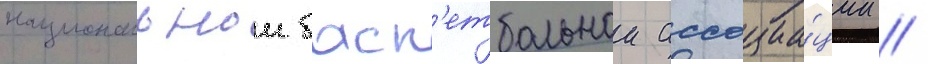
национальнои баск'етбольнои ассоциа́ции //